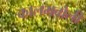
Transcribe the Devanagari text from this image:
कालमबोली